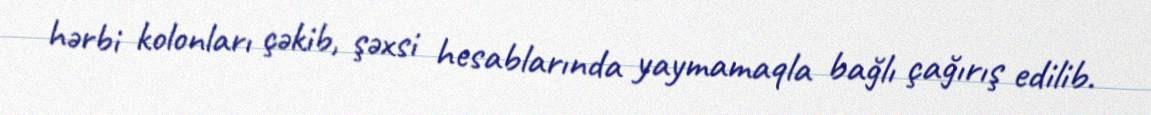
hərbi kolonları çəkib, şəxsi hesablarında yaymamaqla bağlı çağırış edilib.